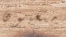
متعبون